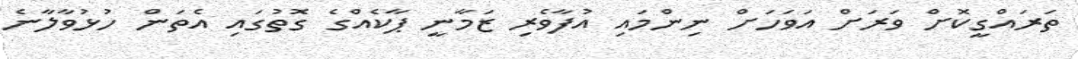
ތަރައްގީކޮށް ވަރަށް އަވަހަށް ނިންމައި އުފާވެރި ޒަމާނީ ޕާކެއްގެ ގޮތުގައި އެތަން ހުޅުވާލާނެ